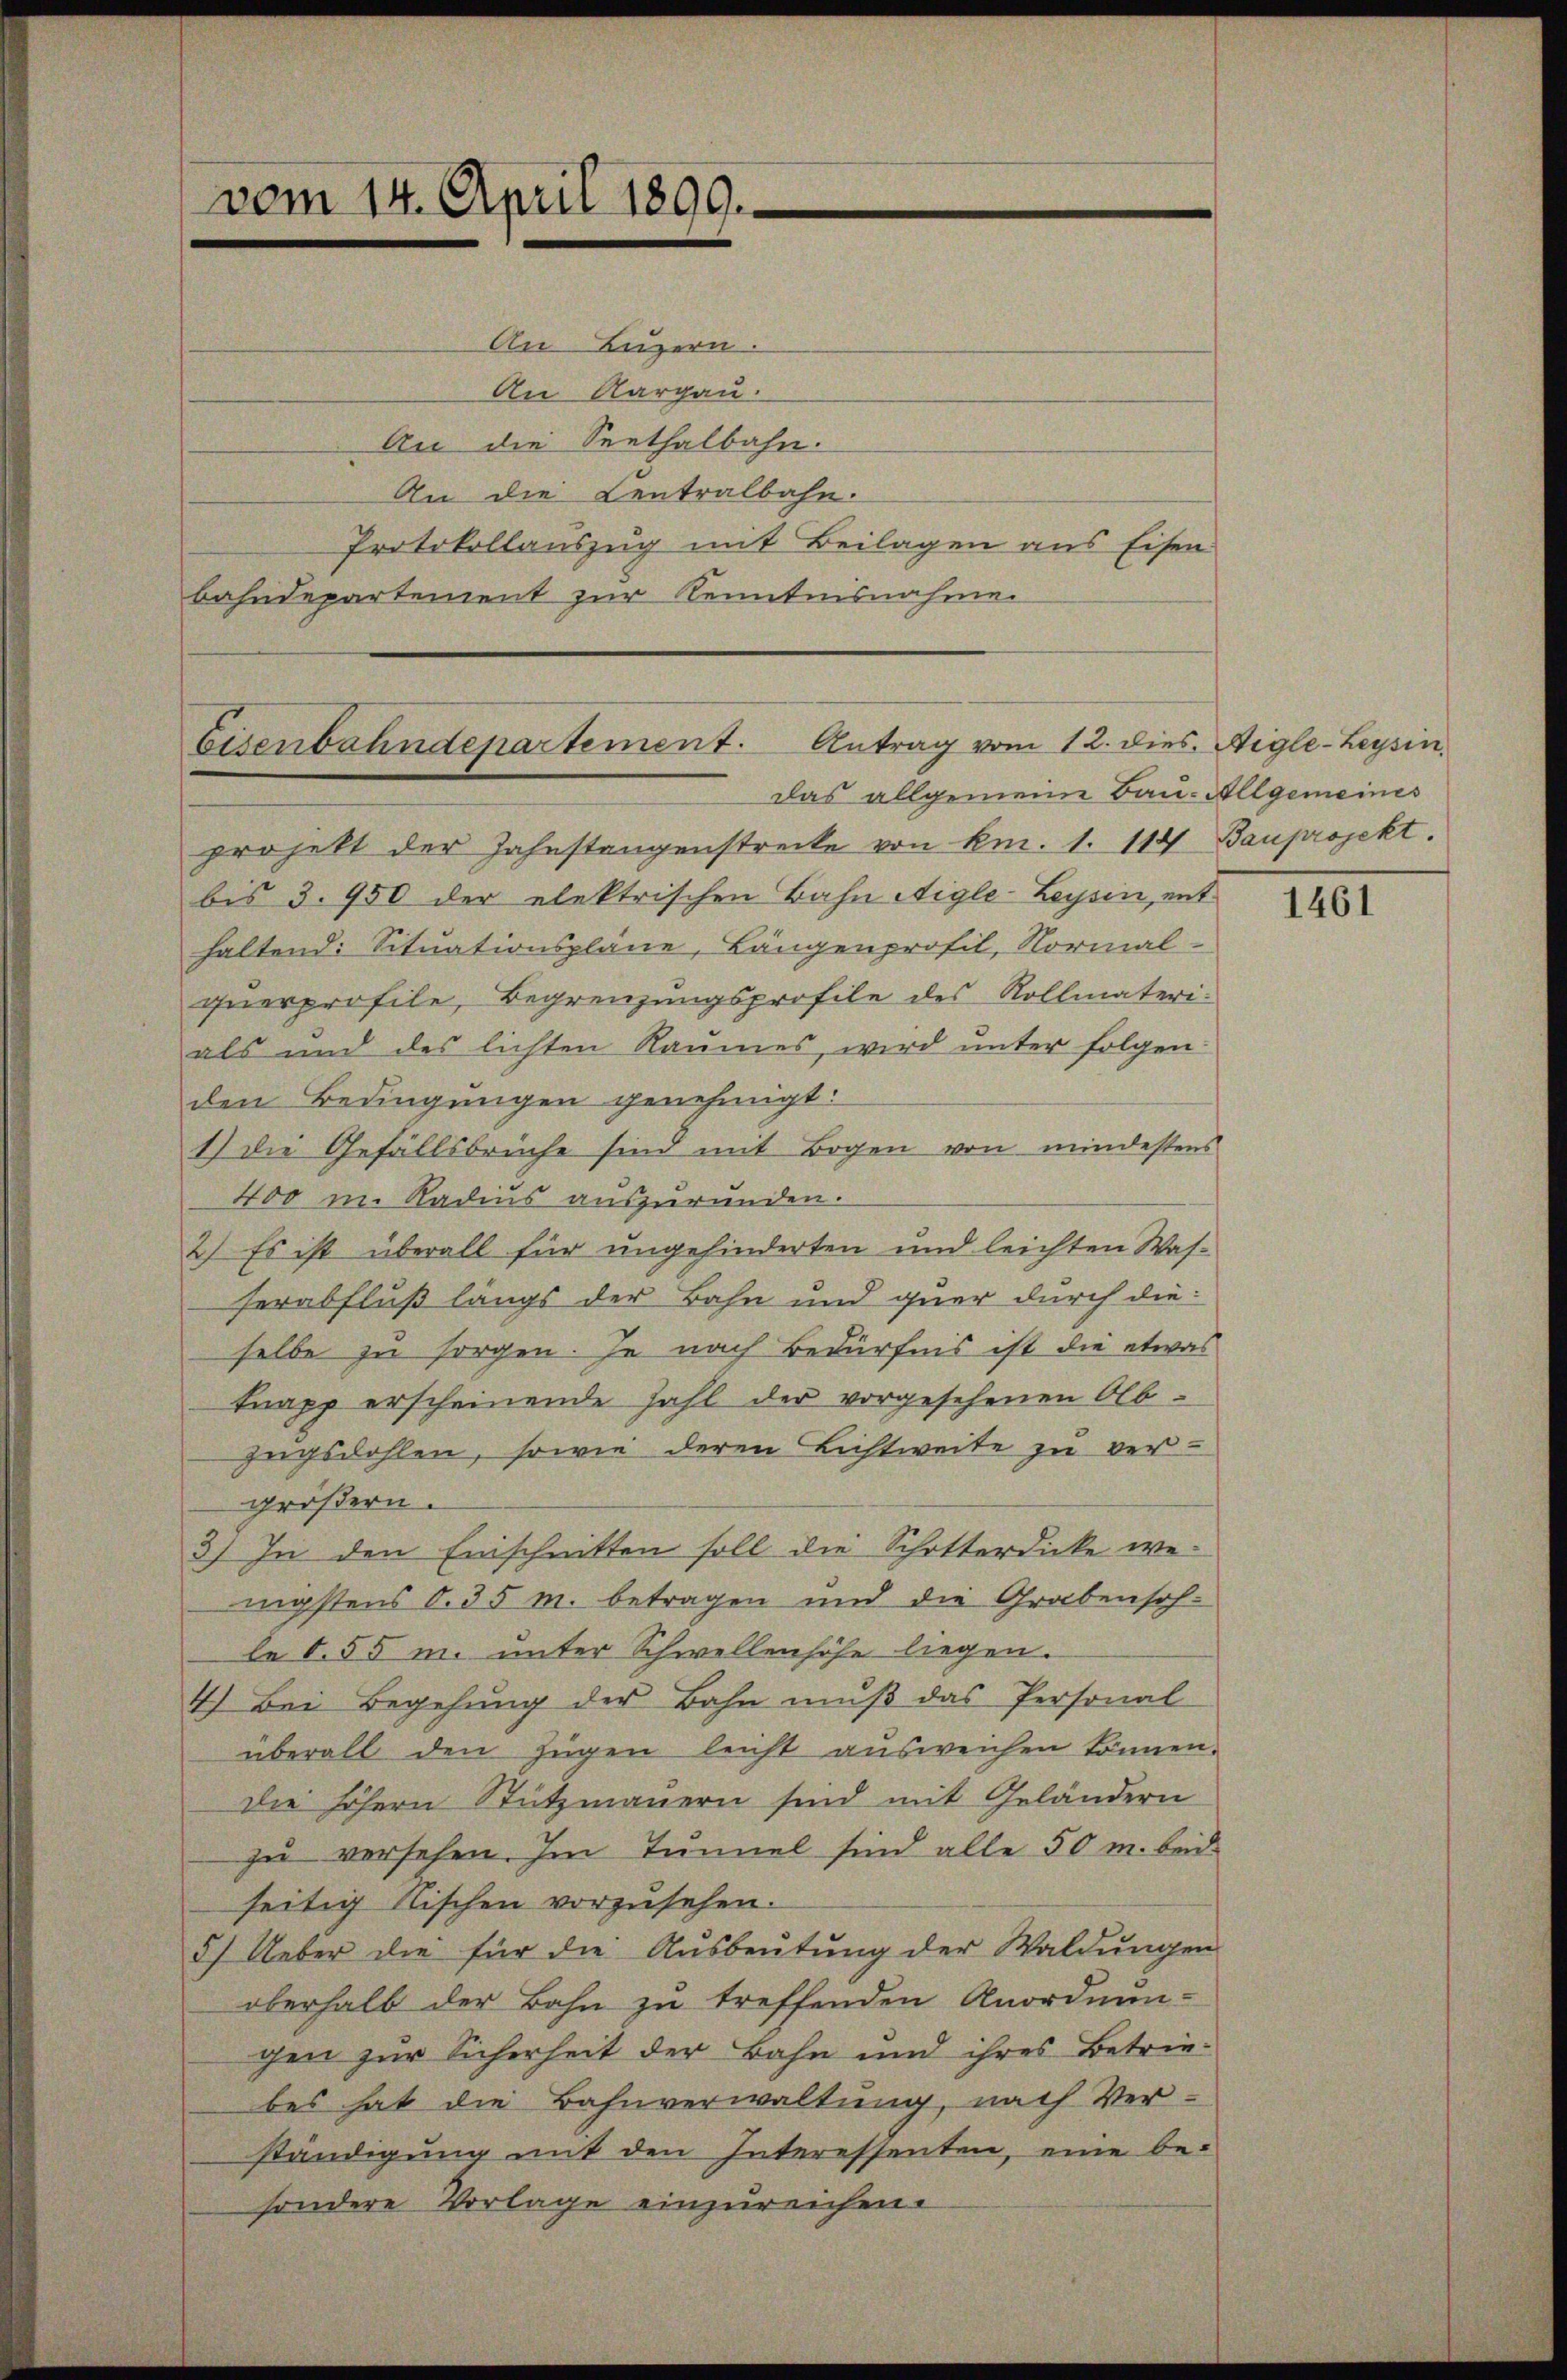
vom 14. April 1899.

Eisenbahndepartement. Antrag vom 12. dies. Aigle-Leysin.
Das allgemeine Bau- Allgemeines

An Luzern.
An Aargau.
An die Seethalbahn.
An die Centralbahn.
Protokollauszug mit Beilagen aus Eisen
bahndepartement zur Kenntnisnahme.

projekt der Zahnstangenstrecke von km. 1. 114 Bauprojekt.
bis 3. 950 der elektrischen Bahn Aigle-Leysin, ent
haltend: Situationspläne, Längenprofil, Normal-
querprofile, Begrenzungsprofile des Rollmateri
als und des lichten Raumes, wird unter folgen-
den Bedingungen genehmigt:
1) die Gefällsbrüche sind mit Bogen von mindestens
400 m. Radius auszurunden.
2.) Es ist überall für ungehinderten und leichten Was-
serabfluß längs der Bahn und quer durch dieselbe zu sorgen. Je nach Bedürfnis ist die etwas
tnapp erscheinende Fahl der vorgesehenen Olb-
zugsdohlen, sowie deren Lichtweite zu ver-
größern.
3) In den Einschnitten soll die Schotterdicke wenigstens 0. 35 m. betragen und die Grabensohle S. 55 m. unter Schwellenhöhe liegen.
4.) Bei Begehung der Bahn muß das Personal
überall den Zügen leicht aŭsweichen können.
die höhern Stützmauern sind mit Geländern
zu versehen. Im Tunnel sind alle 50 m. bei
seitig Nischen vorzusehen.
5) Ueber die für die Ausbeutung der Waldungen
oberhalb der Bahn zu treffenden Anordnun-
gen zur Sicherheit der Bahn und ihres Betriebes hat die Bahnverwaltung, nach Ver-
ständigung mit den Interessenten, eine be-
sondere Vorlage einzureichen.

1461